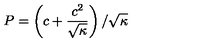
P = \left( c + \frac { c ^ { 2 } } { \sqrt { \kappa } } \right) / \sqrt { \kappa }